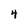
Character: 4